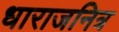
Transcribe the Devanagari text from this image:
धाराजनित्र